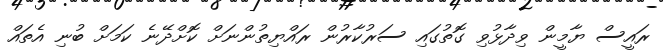
ރައީސް ޔާމީން ވިދާޅުވި ގޮތުގައި ސަރުކާރުން ރައްޔިތުންނަށް ކޮށްދޭނެ ކަމަށް ބުނި އެތައް